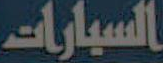
السيارات